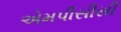
એમપીસીસી